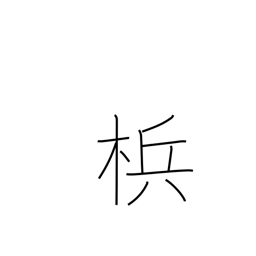
Meaning: betel nut